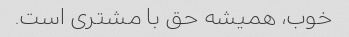
خوب، همیشه حق با مشتری است.